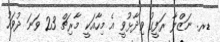
ޑރ. ނަޒްލާ ރަފީގު ވިދާޅުވީ އެ މިހާއަކީ މާރިޗް 23 ވަނަ ދުވަހު